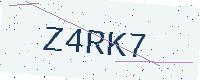
Text: Z4RK7